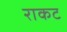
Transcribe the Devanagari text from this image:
राकट